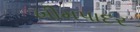
ખીમપાદર